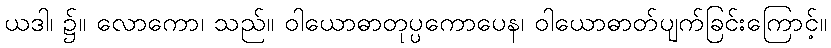
ယဒါ၊ ၌။ လောကော၊ သည်။ ဝါယောဓာတုပ္ပကောပေန၊ ဝါယောဓာတ်ပျက်ခြင်းကြောင့်။